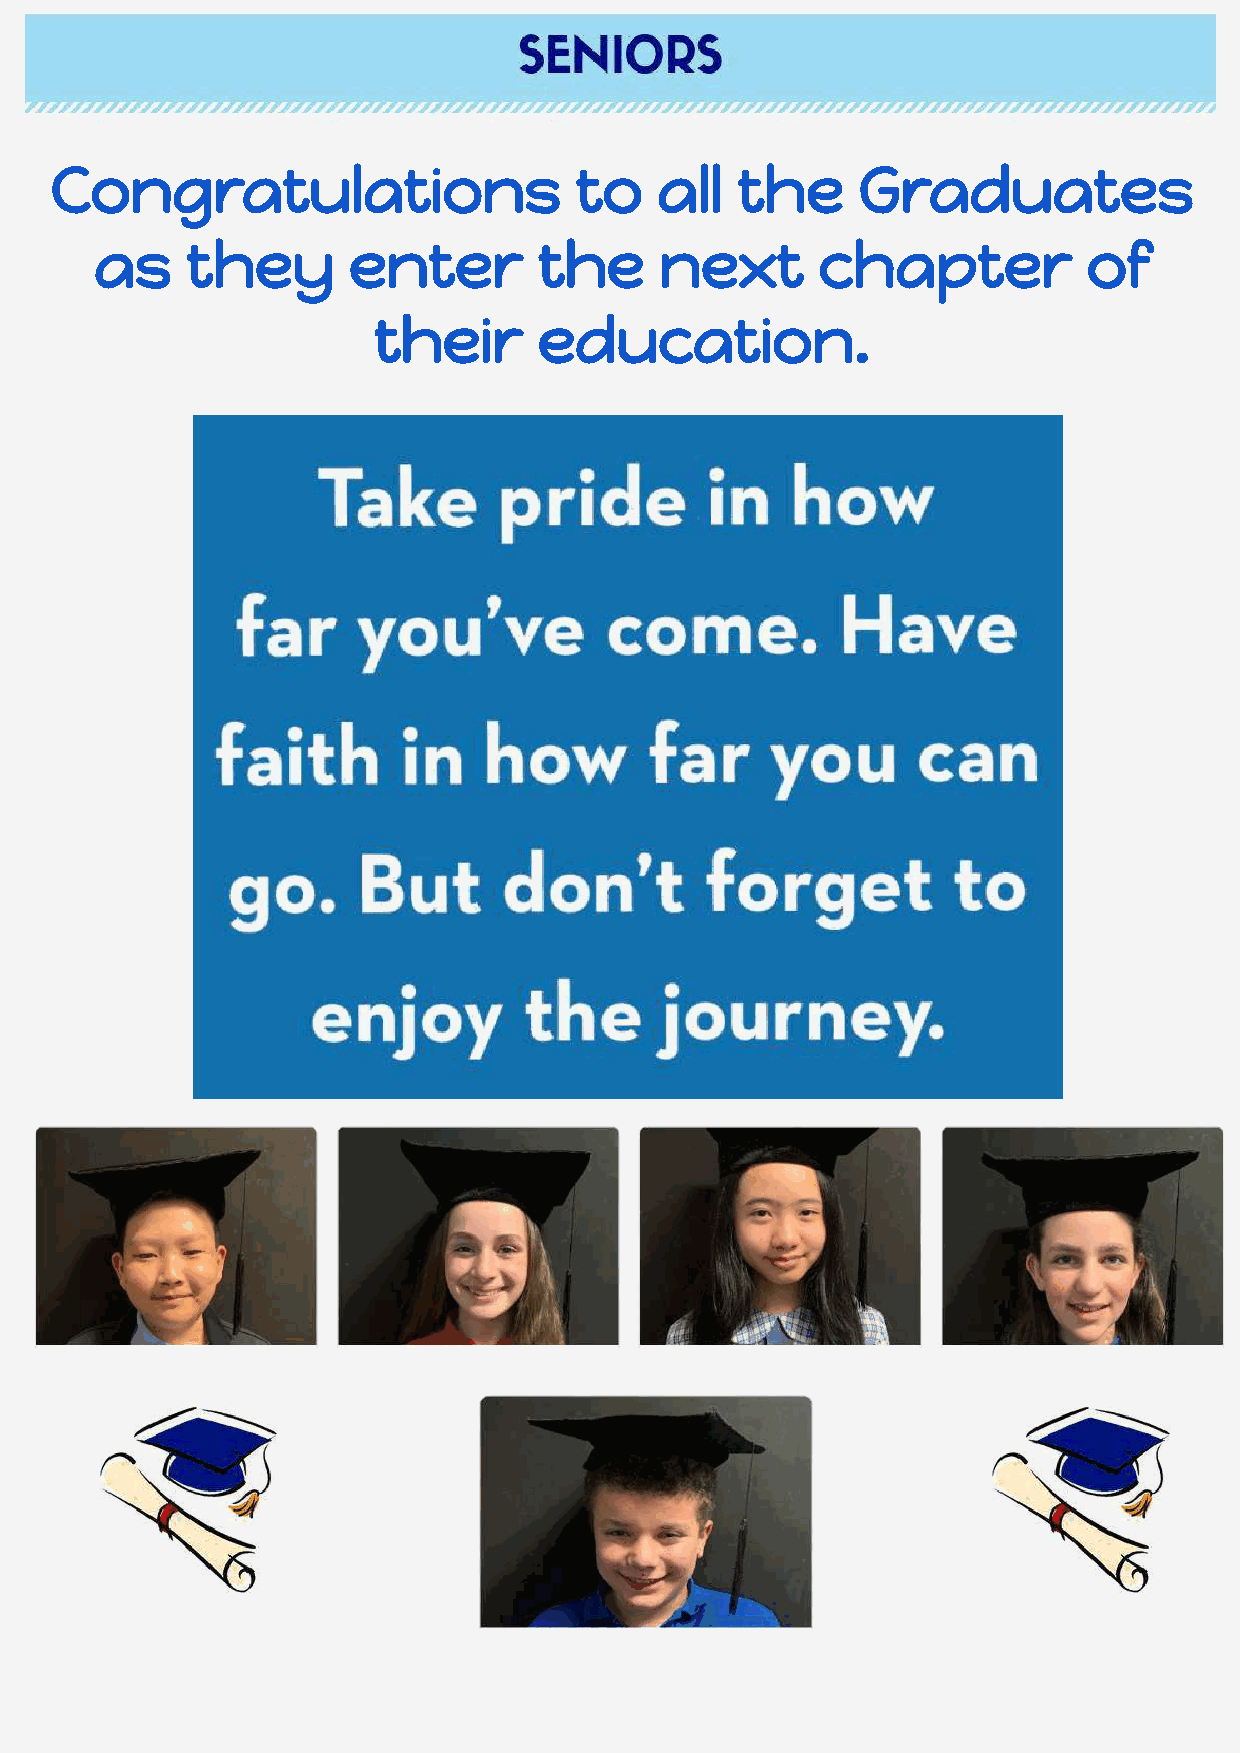
Congratulations                    to    all  the     Graduates
 as    they       enter        the     next      chapter           of
 their      education.